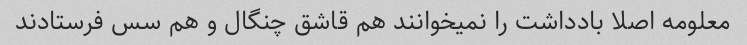
معلومه اصلا بادداشت را نمیخوانند هم قاشق چنگال و هم سس فرستادند‌